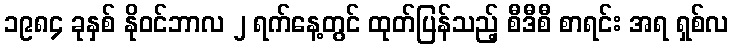
၁၉၈၄ ခုနှစ် နိုဝင်ဘာလ ၂ ရက်နေ့တွင် ထုတ်ပြန်သည့် စီဒီစီ စာရင်း အရ ရှစ်လ